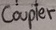
Text: Coupler